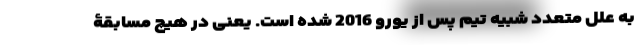
به علل متعدد شبیه تیم پس از یورو 2016 شده است. یعنی در هیچ مسابقۀ